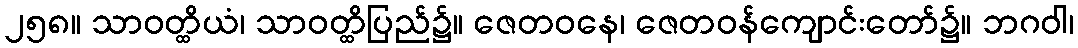
၂၅၈။ သာဝတ္ထိယံ၊ သာဝတ္ထိပြည်၌။ ဇေတဝနေ၊ ဇေတဝန်ကျောင်းတော်၌။ ဘဂဝါ၊